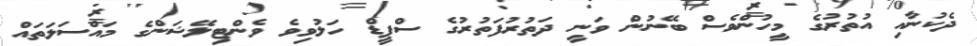
ދެކުނާއި އުތުރުގެ މީހުންވެސް ބޭނުން ވަނީ ދަތުރުފަތުރުގެ ސްޕީޑް ހަލުވިވެ ވެންޓިލޭޝަންގެ މައްސަލަތައް